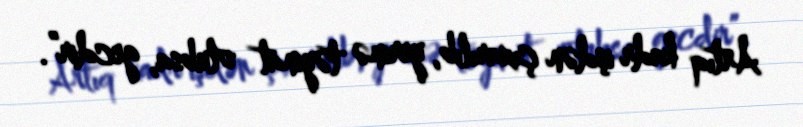
Artıq kadr işdən çıxarılıb, yerinə təyinat olubsa, gecdir”.